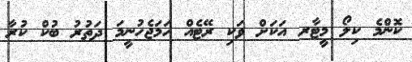
ކޮންމެ ކިލޯ މީޓާރ އަކަށް ވަކި ރޭޓެއް ހަމަޖެހުނީމަ ދަތުރު ބުކް ކުރާ